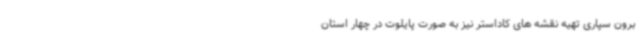
برون سپاری تهیه نقشه های کاداستر نیز به صورت پایلوت در چهار استان